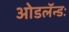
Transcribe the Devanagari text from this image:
ओडलॅन्डः